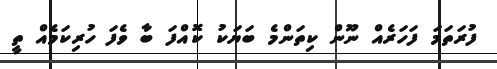
ފުރަތަމަ ފަހަރެއް ނޫން ކިތަންމެ ބަޔަކު ކޮއްފަ ބާ ވެފަ ހުރިކަމެއް ތީ